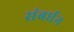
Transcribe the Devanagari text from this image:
संबर्घन